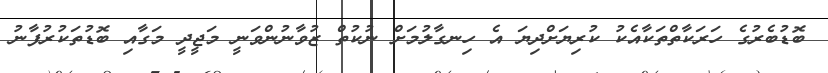
ބޮޑުބެރުގެ ހަރަކާތްތަކާއެކު ކުރިޔަށްދިޔަ އެ ހިނގާލުމަށް ނުކުތް ޒުވާނުންވަނީ މަޖީދީ މަގާއި ބޮޑުތަކުރުފާނު